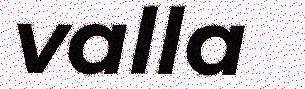
valla